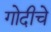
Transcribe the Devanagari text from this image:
गोदीचे